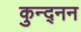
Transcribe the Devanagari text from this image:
कुन्द्नन